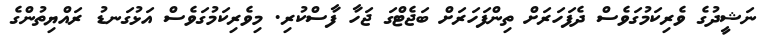
ނަޝީދުގެ ވެރިކަމުގަވެސް ދެފަހަރަށް ތިންފަހަރަށް ބަޖެޓްގަ ޖަހާ ފާސްކުރި. މިވެރިކަމުގަވެސް އަޅުގަނޑު ރައްޔިތުންގެ